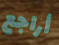
أراجع